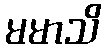
မမာသိ